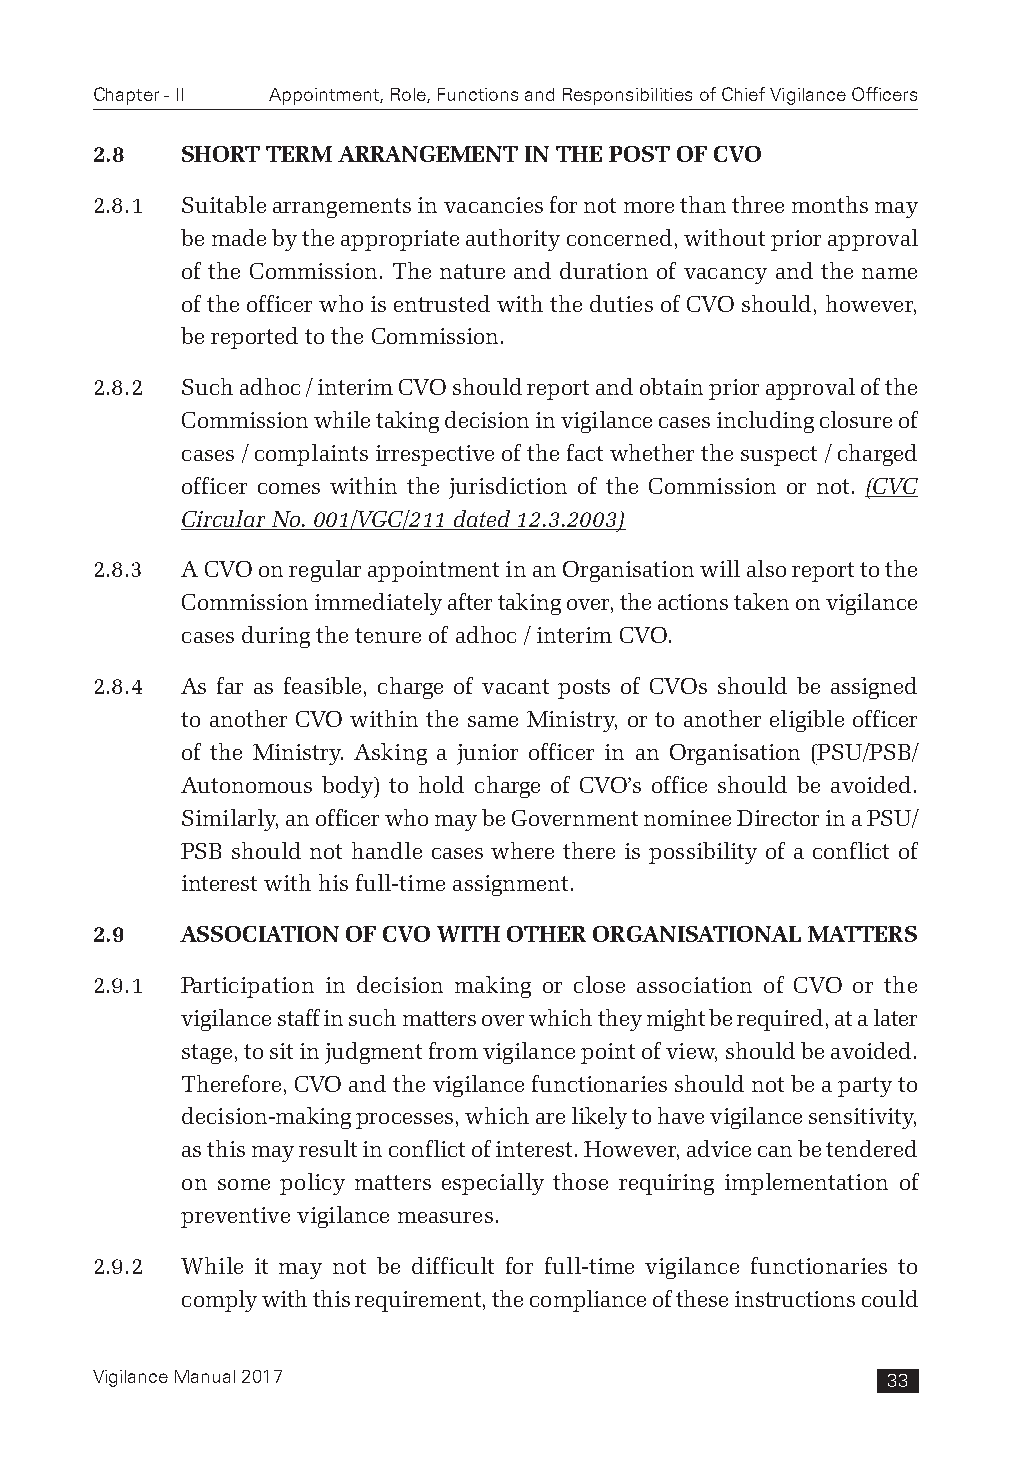
Chapter - II Appointment, Role, Functions and Responsibilities of Chief Vigilance Officers
 2.8   SHORT TERM ARRANGEMENT IN THE POST OF CVO
 2.8.1 Suitable arrangements in vacancies for not more than three months may
 be made by the appropriate authority concerned, without prior approval
 of the Commission. The nature and duration of vacancy and the name
 of the officer who is entrusted with the duties of CVO should, however,
 be reported to the Commission.
 2.8.2 Such adhoc / interim CVO should report and obtain prior approval of the
 Commission while taking decision in vigilance cases including closure of
 cases / complaints irrespective of the fact whether the suspect / charged
 officer comes within the jurisdiction of the Commission or not. (CVC
 Circular No. 001/VGC/211 dated 12.3.2003)
 2.8.3 A CVO on regular appointment in an Organisation will also report to the
 Commission immediately after taking over, the actions taken on vigilance
 cases during the tenure of adhoc / interim CVO.
 2.8.4 As far as feasible, charge of vacant posts of CVOs should be assigned
 to another CVO within the same Ministry, or to another eligible officer
 of the Ministry. Asking a junior officer in an Organisation (PSU/PSB/
 Autonomous body) to hold charge of CVO’s office should be avoided.
 Similarly, an officer who may be Government nominee Director in a PSU/
 PSB should not handle cases where there is possibility of a conflict of
 interest with his full-time assignment.
 2.9   ASSOCIATION OF CVO WITH OTHER ORGANISATIONAL MATTERS
 2.9.1 Participation in decision making or close association of CVO or the
 vigilance staff in such matters over which they might be required, at a later
 stage, to sit in judgment from vigilance point of view, should be avoided.
 Therefore, CVO and the vigilance functionaries should not be a party to
 decision-making processes, which are likely to have vigilance sensitivity,
 as this may result in conflict of interest. However, advice can be tendered
 on some policy matters especially those requiring implementation of
 preventive vigilance measures.
 2.9.2 While it may not be difficult for full-time vigilance functionaries to
 comply with this requirement, the compliance of these instructions could
 Vigilance Manual 2017                                33